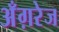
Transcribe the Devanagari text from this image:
अँग़रेज